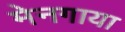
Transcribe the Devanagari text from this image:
मेनगाया